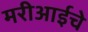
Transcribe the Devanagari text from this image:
मरीआईचे